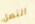
النصل